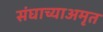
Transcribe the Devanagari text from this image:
संघाच्याअमृत